Vital statistics of India. Vol. V, Reports of 1876 on armies & jails and on epidemic cholera
Year: 1876
Disease focus: Cholera
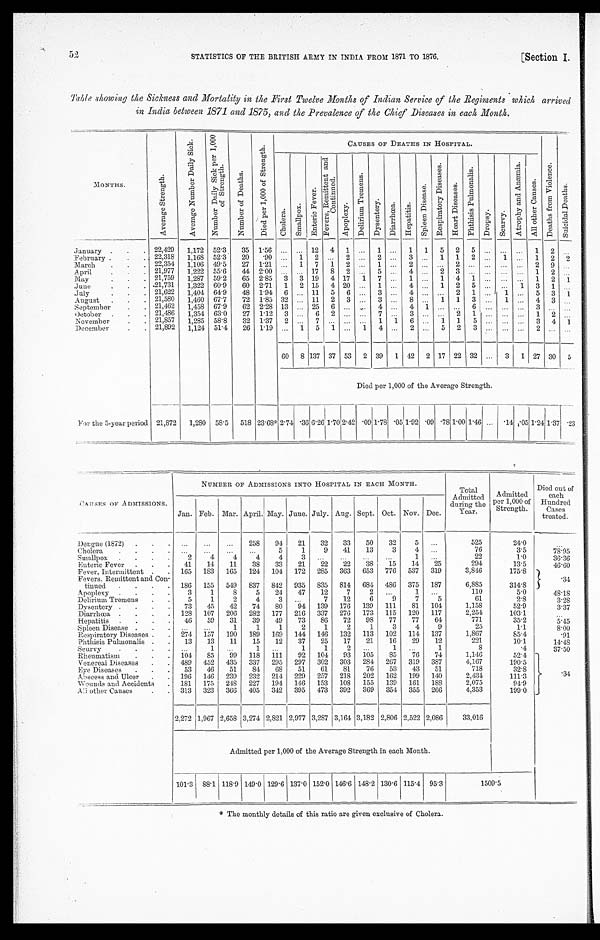
52 STATISTICS OF THE BRITISH ARMY IN INDIA FROM 1871 TO 1876. [Section I.
Table showing the Sickness and Mortality in the First Twelve Months of Indian Service of the Regiments which, arrived
in India between 1871 and 1875, and the Prevalence of the Chief Diseases in each Month.
MONTHS.
A v e r a g e S t r e n g t h .
A v e r a g e N u m b e r D a i l y S i c k .
N u m b e r D a i l y S i c k p e r 1 , 0 0 0 o f S t r e n g t h N u m b e r D a i l y S i c k p e r 1 , 0 0 0 o f S t r e n g t h
N u m b e r D a i l y S i c k p e r 1 , 0 0 0 o f S t r e n g t h
N u m b e r o f D e a t h s .
D i e d p e r 1 , 0 0 0 o f S t r e n g t h .
CAUSES OF DEATHS IN HOSPITAL.
D e a t h s f r o m V i o l e n c e .
S u i c i d a l D e a t h s .
C h o l e r a .
S m a l l p o x .
E n t e r i c F e v e r .
F e v e r s , R e m i t t e n t a n d C o n t i n u e d .
A p o p l e x y .
D e l i r i u m T r e m e n s .
D y s e n t e r y .
D i a r r h œ a .
H e p a t i t i s .
S p l e e n D i s e a s e .
R e s p i r a t o r y D i s e a s e s .
H e a r t D i s e a s e s .
P h t h i s i s p u l m o n a l i s .
D r o p s y .
S c u r v y .
A t r o p h y a n d A n æ m i a .
A l l o t h e r C a u s e s .
January . . . 22,429
1,172 52.3 35 1.56
. . .
. . . 12
4
1
. . .
1 . . .
1
1
5
2
5 . . .
. . .
. . .
1
2
. . .
22,318
1,168 52.3
20
.90 . . .
1
2 . . .
2 . . .
2 . . .
3
. . . 1
1
2 . . .
1 . . .
1
2
2
February . . .
22,354
1,106 49.5
27 1.21 . . .
1
7
1
2 . . .
1 . . .
2
. . .
. . .
2
. . .
. . . . . .
. . . 2
9
. . .
March . . .
21,977
1,222 55.6
44 2.00 . . .
. . . 17
8
2 . . .
5 . . .
4
. . . 2
3 . . .
. . . . . . . . .
1
2
. . .
April . . .
21,759
1,287 59.2
65 2.85
3
3 19
4 17
1
7
. . . 1 . . .
1
4
1 . . .
. . .
. . . 1
2
1
May . . .
2 1 , 7 3 1
1,322 60.9
6 0 2.71
1
2 15
4 20 . . .
1
. . . 4
. . . 1
2
5 . . .
. . .
1
3
1
. . .
.June . . .
21,622
1,404 64.9
48 1.94
6 . . . 11
5
6 . . .
3
. . . 4 . . . . . .
2
1 . . .
1 . . .
5
3
1
July. . .
21,580
1,460 67.7
72 1.85 32 . . .
11
2
3
. . .
3
. . . 8 . . .
1
1
3
. . . 1 . . .
4
3
. . .
August . . .
21,462
1,458 67.9
62 2.28 13 . . .
25
6 . . .
. . .
4 . . .
4
1
. . .
. . . 6
. . .. . .
. . . 3
. . .
. . .
September . . .
21,486
1,354 63.0
27 1.12
3 . . .
6
2
. . .
. . .
7
. . .
3
. . .
. . .
2
1
. . .. . .
. . .
1 2
. . .
October . . .
21,857
1,285 58.8
32 1.37
2 . . .
7
. . .
. . . . . .
1
1
6
. . . 1
1
5
. . .. . .
. . .
3 4
1
N o v e m b e r . . .
21,892
1,124 51.4
26
1.19 . . .
1
5
1 . . .
1
4 . . .
2
. . .
5
2
3
. . . . . .
. . .
2
. . . . . .
December . . .
60
8 137 37 53
2 39
1 42
2 17 22 32 . . .
3
1 27 30
5
Died per 1,000 of the Average Strength.
For the 5-year period 21,872
1,280 58.5
518 23.68* 2.74 .36 6.26 1.70 2.42 .09 1.78 .05 1.92 .09 .78 1.00 1.46 . . .
.14.05 1.24 1.37 .23
CAUSES OF ADMISSIONS.
NUMBER OF ADMISSIONS INTO HOSPITAL IN EACH MONTH.
Total
Admitted
during the
Year.
Admitted
per 1,000 of
Strength.
Died out of
each
Hundred
Cases
treated.
Jan. Feb. Mar. April. May. June. July. Aug. Sept. Oct. Nov. Dec.
Dengue (1872) . . .
. . .
. . .
. . .
258
94
21
32
33
50
32
5
. . .
525
24.0
. . .
. . .
. . .
. . .
. . .
5
1
9
41
13
3
4
. . .
76
3.5
78.95
Cholera . . .
2
4
4
4
4
3
. . .
. . .
. . .
. . .
1
. . .
22
1.0
36.36
Smallpox . . .
41
14
11
38
33
21
22
22
38
15
14
25
294
13.5
46.60
Enteric Fever . . .
Fever, Intermittent . . .
165
183
165
124
104
172
285
363
653
776
537
319
3,846
175.8
.3 4
Fevers, Remittent and Con-
tinued . . . 186
155
549
837
842
935
835
814
684
486
375
187
6,885
314.8
3
1
8
5
24
47
12
7
2
. . .
1
. . .
110
5.0
48.18
Apoplexy . . .
5
1
2
4
3
. . .
7
12
6
9
7
5
61
2.8
3.28
Delirium Tremens . . .
73
45
42
74
80
94
139
176
139
111
81
104
1,158
52.9
3.37
Dysentery . . .
128
107
206
282
177
216
337
276
173
115
120
117
2,254
103.1
. . .
Diarrhœa . . .
46
59
31
39
49
73
86
72
98
77
77
64
7 7 1
35.2
5.45
Hepatitis . . .
. . .
. . .
1
1
1
2
1
2
1
3
4
9
25
1.1
8.00
Spleen Disease . . .
274
157
190
189
169
144
146
132
113
102
114
137
1,867
85.4
.91
Respiratory Diseases . . .
13
13
11
15
12
37
25
17
21
16
29
12
221
10.1
14.48
Phthisis Pulmonalis . . .
. . .
1
. . .
1
. . .
1
1
2
. . .
1
. . .
1
8
4
37.50
Scurvy . . .
104
55
99
118
111
92
104
93
105
85
76
74
1,146
52.4
.34
Rheumatism . . .
489
452
435
337
295
297
302
303
284
267
319
387
4,167
190.5
Venereal Diseases . . .
53
46
51
84
68
51
61
81
76
53
43
51
718
32.8
Eye Diseases . . .
196
146
239
232
214
229
257
218
202
162
199
140
2,431
111.3
Abscess and Ulcer . . .
181
175
248
227
194
146
153
108
155
139
161
188
2,075
94.9
Wounds and Accidents . . .
313
323
366
405
342
395
473
392
369
354
355
266
4,353
199.0
All other Causes . . .
2,272 1,967 2,658 3,274 2,821 2,977 3,287 3,164 3,182 2,806 2,522 2,086
33,016
Admitted per 1,000 of the Average Strength in each Month.
101-3 88.1 118.9 149.0 129.6 137.0 152.0 146.6 148.2 130.6 115.4 95.3
1509.5
* The monthly details of this ratio are given exclusive of Cholera.